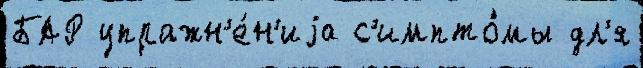
БАР упражн'е́н'иjа с'импто́мы дл'я